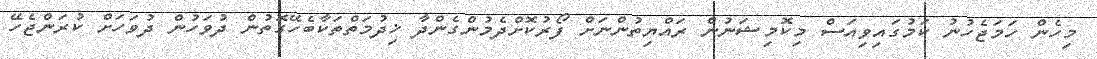
މިހެން ހަމަޖެހުނު ކަމުގައިވިއަސް މިކޮމިޝަނުން ރައްޔިތުންނަށް ފޯރުކޮށްދެމުންގެންދާ ޚިދުމަތްތަކާބެހޭގޮތުން ދުވަހުން ދުވަހަށް ކުރަންޖެހޭ